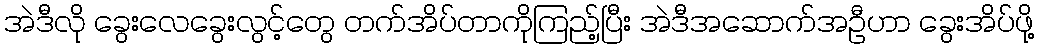
အဲဒီလို ခွေးလေခွေးလွင့်တွေ တက်အိပ်တာကိုကြည့်ပြီး အဲဒီအဆောက်အဦဟာ ခွေးအိပ်ဖို့